King Institute of Preventive Medicine Micro-Biological Section reports 1912-19
Year: 1912
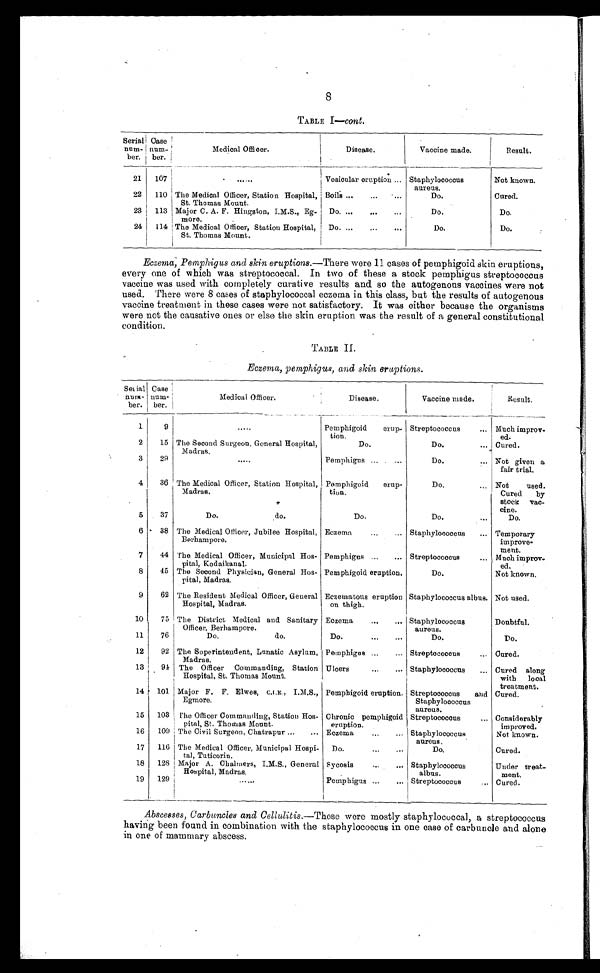
TABLE I—cont.
Serial
num-
ber.
Case
num-
ber.
Medical Officer.
Disease.
Vaccine made.
Result.
21
107
. . . Vesicular eruption . . .
Staphylococcus aureus.
Not known.
22
110 The Medical Officer, Station Hospital,
St. Thomas Mount.
Boils . . .
Do.
Cured.
23
113 Major C. A. F. Hingston, I.M.S., Eg-
more.
Do. . . .
Do.
Do.
24
114 The Medical Officer, Station Hospital,
St. Thomas Mount.
Do. . . .
Do.
Do.
Eczema, Pemphigus and skin eruptions.— There were 11 cases of pemphigoid skin eruptions,
every one of which was streptococcal. In two of these a stock pemphigus streptococcus
vaccine was used with completely curative results and so the autogenous vaccines were not
used. There were 8 cases of staphylococcal eczema in this class, but the results of autogenous
vaccine treatment in these cases were not satisfactory. It was either because the organisms
were not the causative ones or else the skin eruption was the result of a general constitutional
condition.
TABLE II.
Eczema, pemphigus, and skin eruptions.
Serial
num-
ber.
Case
num-
ber.
Medical Officer.
Disease.
Vaccine made.
Result.
1
9
. . .
Pemphigoid erup-
tion.
Streptococcus . . . Much improv
-ed.
2
15 The Second Surgeon, General Hospital,
Madras.
Do. . . . Cured.
Do.
3
29
. . .
Pemphigus . . .
Do. . . . Not given a
fair trial.
4
36
The Medical Officer, Station Hospital,
Madras.
Pemphigoid erup-
tion.
Do. . . . Not used.
Cured by
stock vac
-cine.
5
37
Do.
do.
D o .
Do. . . .
Do.
6
38
The Medical Officer, Jubilee Hospital,
B e r h a m p o r e .
Eczema . . .
Staphylococcus . . . Temporary
improve
-ment.
7
44 The Medical Officer, Municipal Hos-
pital, Kodaikanal.
Pemphigus . . .
Streptococcus . . . Much improv
-ed.
8
45
The Second Physician, General Hos-
pital, Madras.
Pemphigoid eruption.
Do.
Not known.
9
62
The Resident Medical Officer, General
Hospital, Madras.
Eczematous eruption
Ion thigh.
Staphylococcus albus. Not used.
10
75 The District Medical and Sanitary
Officer, Berhampore.
Eczema . . . Staphylococcus
aureus.
Doubtful.
11
76
Do.
do.
Do. . . .
Do.
Do.
12
92 The Superintendent, Lunatic Asylum,
Madras.
Pemphigus . . . Streptococcus . . .
Cured.
13
94 The Officer Commanding, Station
Hospital, St. Thomas Mount.
Ulcers . . . Staphylococcus . . .
Cured along
with local
treatment.
14
101
Major F. F. Elwes, C.I.E.,
I.M.S.,
Egmore.
Pemphigoid eruption. Streptococcus and
Staphylococcus
aureus.
Cured.
15
103 The Officer Commanding, Station Hos-
pital, St. Thomas Mount.
Chronic Pemphigoid
eruption.
Streptococcus . . .
Considerably
improved.
16
109 The Civil Surgeon, Chatrapur . . . Eczema . . . Staphylococcus
aureus.
Not known.
17
116 The Medical Officer, Municipal Hospi
-tal, Tuticorin.
Do. . . .
D o .
Cured.
18
128
Major A. Chalmers, I,M.S., General
Hospital, Madras.
Sycosis . . .
Staphylococcus
albus.
Under treat
-
ment.
19
129
. . .
Pemphigus . . . Streptococcus . . .
Cured.
Abscesses, Carbuncles and Cellulitis. —These were mostly staphylococcal, a streptococcus
having been found in combination with the staphylococcus in one case of carbuncle and alone
in one of mammary abscess.